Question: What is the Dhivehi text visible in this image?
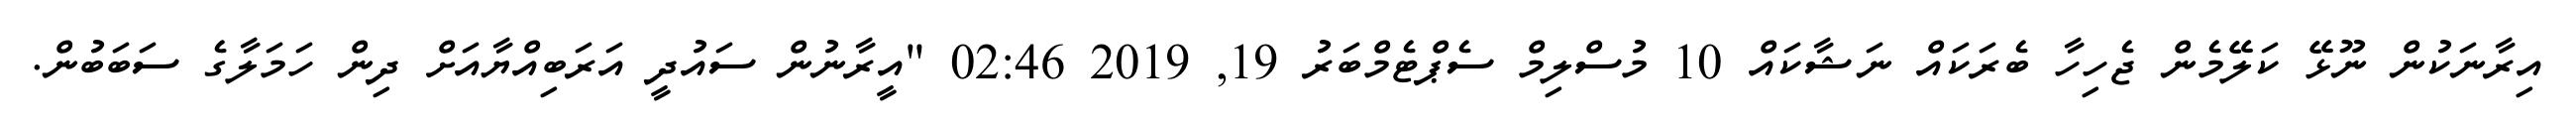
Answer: އިރާނަކުން ނޫޅޭ ކަލޭމެން ޖެހިހާ ބެރަކައް ނަޝާކައް 10 މުސްލިމް ސެޕްޓެމްބަރު 19, 2019 02:46 "އީރާނުން ސައުދީ އަރަބިއްޔާއަށް ދިން ހަމަލާގެ ސަބަބުން.